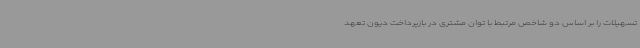
تسهیلات را بر اساس دو شاخص مرتبط با توان مشتری در بازپرداخت دیون تعهد